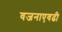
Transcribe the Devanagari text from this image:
वजनाएवढी